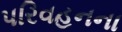
પરિવહનના